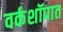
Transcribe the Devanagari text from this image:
वर्कशॉपात